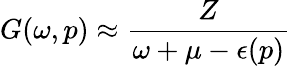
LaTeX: G(\omega,p)\approx{\frac{Z}{\omega+\mu-\epsilon(p)}}